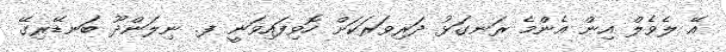
އޭ ލެވެލް އިން އެންމެ ރަނގަޅު ދަރިވަރަކަށް ހޮވިފައިވަނީ ފ. ނިލަންދޫ ބަނޑޭރިގޭ